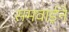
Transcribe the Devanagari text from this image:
समवाईने